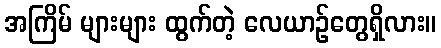
အကြိမ် များများ ထွက်တဲ့ လေယာဉ်တွေရှိလား။